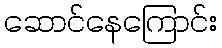
ဆောင်နေကြောင်း